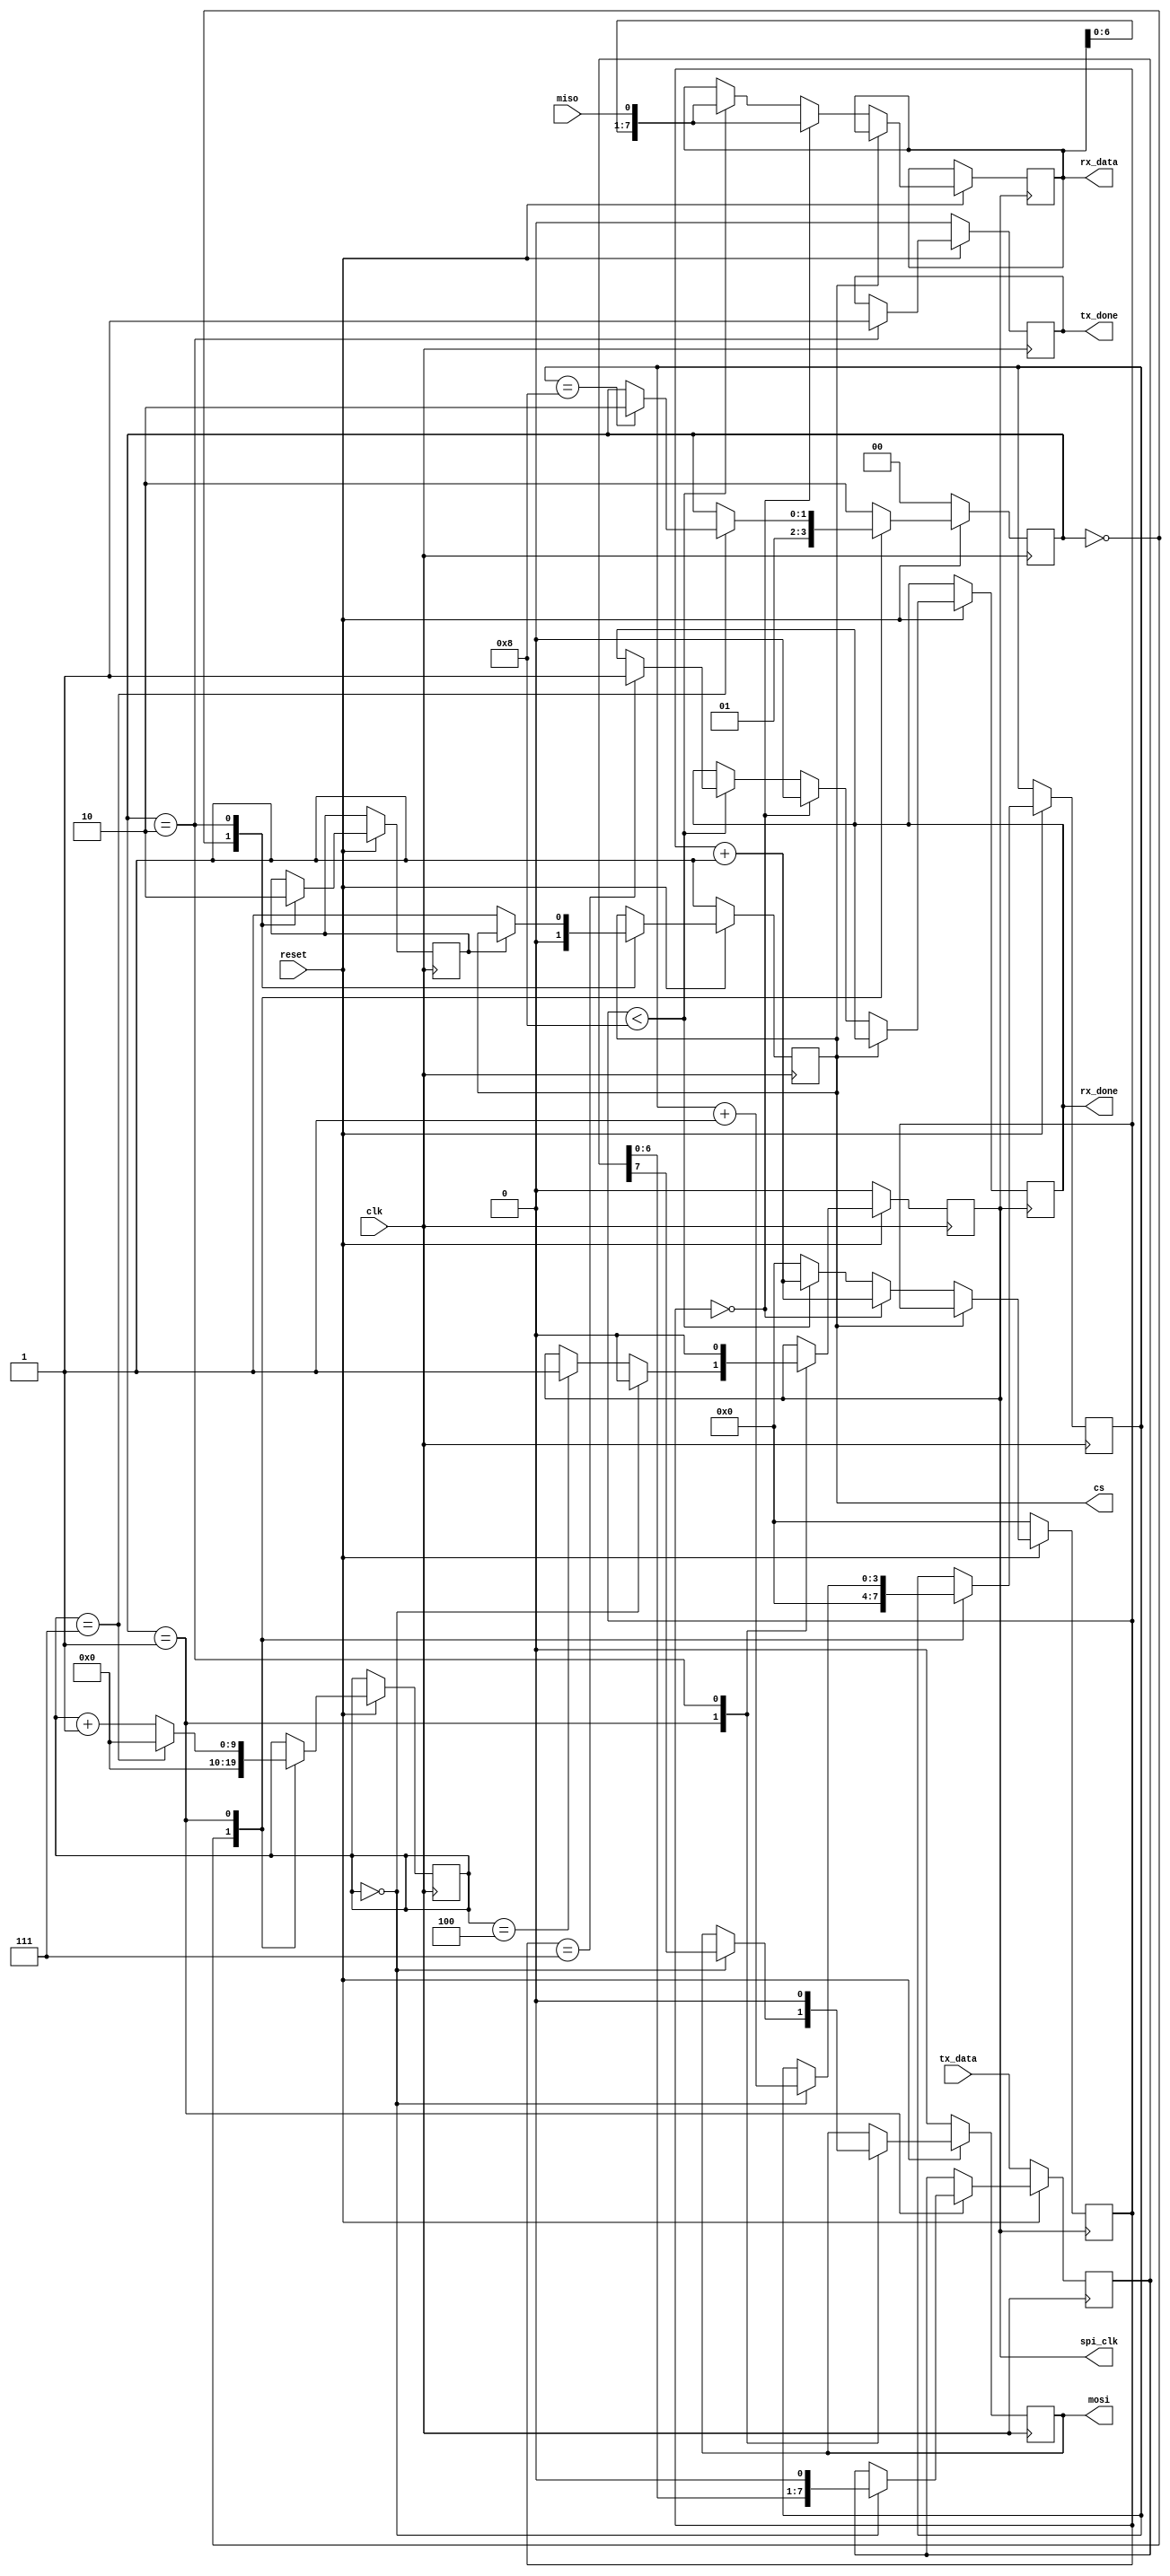
module spi_master (
    input clk,
    input reset,
    output spi_clk, // clk da spi
    output mosi, // master output slave input
    input miso, // master input slave output
    output cs, // chip select
    input [7:0] tx_data, 
    output [7:0] rx_data,
    output tx_done,  // Sinal indicando que a transmisso est concluda
    output rx_done
);

parameter START = 0, WORK = 1, STOP = 2;
parameter CLK_DIV = 8;

reg mosi_r, cs_r, tx_done_r, rx_done_r, clk_r, trig;
reg [1:0] state = STOP; // estados da maquina
reg [3:0] cont = 0, cont_rx = 0;
reg [7:0] tx_data_r, rx_data_r;

reg [9:0]clk_counter = 0;

assign spi_clk = clk_r;
assign mosi = mosi_r;
assign cs = cs_r;
assign tx_done = tx_done_r;
assign rx_data = rx_data_r;
assign rx_done = rx_done_r;

initial begin
    cs_r = 1;
    tx_done_r = 1;
    rx_done_r = 1;
    mosi_r = 0;
    clk_r = 0;
    clk_counter = 0;
end

always @(posedge clk) begin
    if (~reset) begin
        state <= START;
        mosi_r <= 1'b0;
        tx_done_r <= 1'b0;
        cs_r <= 1'b1;
        tx_data_r <= tx_data;
        clk_r <= 0;
    end else begin
        case (state)
            START: begin
                cs_r <= 1'b0;
                state <= WORK;
                trig <= 1'b1;
                cont <= 0;
                clk_counter <= 0;
            end
            WORK: begin
                if(clk_counter == 0) begin
                    tx_data_r <= {tx_data_r[6:0], 1'b0};
                    mosi_r <= tx_data_r[7];
                    cont <= cont + 1;
                    clk_r <= 1'b0; // eu inverti, para subida do clock, bater com o meio do sinal antes tava 1
                    clk_counter <= clk_counter + 1;
                end else if(clk_counter == CLK_DIV /2) begin 
                    clk_r <= 1'b1;
                    clk_counter <= clk_counter + 1;
                end else begin
                    clk_counter <= clk_counter + 1;
                end

                if(clk_counter == CLK_DIV - 1) begin
                    if(cont == 8)
                        state <= STOP; 
                    clk_counter <= 0;
                end
            end
            STOP: begin
                if(trig) begin // faz o cs subir um ciclo de clock depois
                    trig = 0;
                end else begin
                    cs_r <= 1'b1;
                end
                tx_done_r <= 1'b1;
                state <= STOP;
                mosi_r <= 1'b0;
                clk_r = 0;
            end
            default: begin
                state <= STOP;
            end
        endcase // case
    end // reset
end // always

always @(posedge spi_clk ) begin
    if (~reset) begin
        cont_rx <= 0;
    end else if(~cs) begin
        if(cont_rx == 0)begin
            rx_done_r <= 0;
            rx_data_r <= {rx_data_r[6:0], miso};
            cont_rx <= cont_rx + 1;
        end else if(cont_rx < 8) begin 
            rx_data_r <= {rx_data_r[6:0], miso};
            cont_rx <= cont_rx + 1;
            if(cont_rx == 7)
                rx_done_r <= 1;
        end else begin
            cont_rx <= 0;
        end
    end   // cs
end // always
    
endmodule